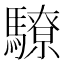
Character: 𩦚